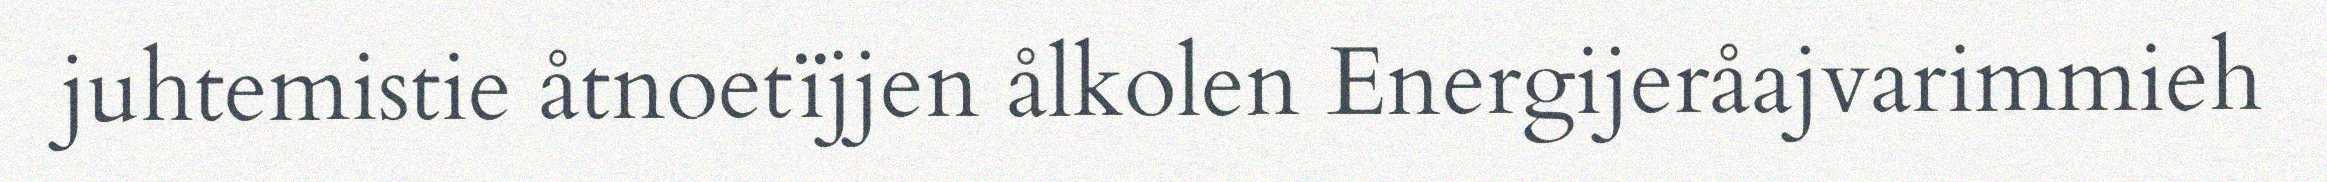
juhtemistie åtnoetïjjen ålkolen Energijeråajvarimmieh